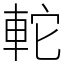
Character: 䡐